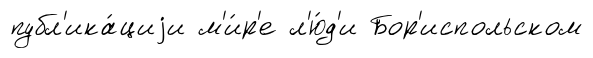
публ'ика́циjи м'и́р'е л'ю́д'и Бор'испольском